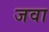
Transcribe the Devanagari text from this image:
जवा